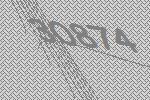
30874